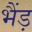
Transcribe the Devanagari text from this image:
भैंड़